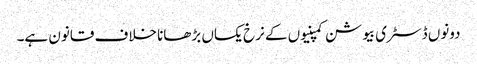
دونوں ڈسٹری بیوشن کمپنیوں کے نرخ یکساں بڑھانا خلاف قانون ہے۔